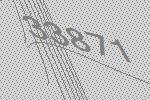
33871